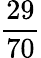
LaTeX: \frac{29}{70}